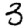
Digit: 3